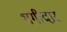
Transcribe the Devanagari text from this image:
भगीदार